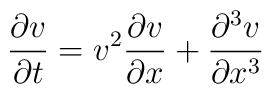
{\partial v \over {\partial t}} = v^2 {\partial v \over {\partial x}}+{\partial^3 v \over {\partial x^3}}